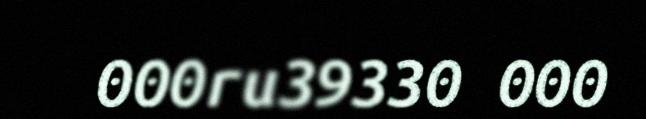
000ru39330 000